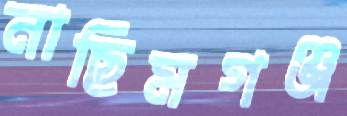
নাছিমগঞ্জ